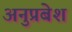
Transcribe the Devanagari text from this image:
अनुप्रबेश